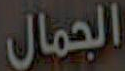
الجمال